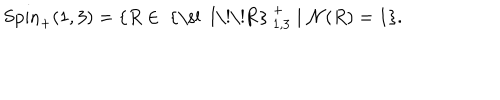
\mathrm { S p i n } _ { + } ( 1 , 3 ) = \{ R \in \mathrm { ~ { \ s l ~ I \! \! R } ~ } _ { 1 , 3 } ^ { + } \mid { \cal N } ( R ) = 1 \} .